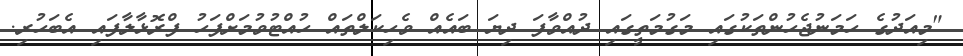
"މިއަދުގެ ހަމަނުޖެހުންތަކުގައި މަގުމަތީގައި ދުއްވާފަ ދިޔަ ބައެއް ވެހިކަލްތައް ހުއްޓުވުމަށްފަހު ފްރޮޅާލާފައި އެބަހުރި.